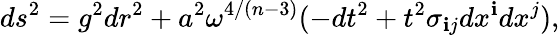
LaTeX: ds^{2}=g^{2}dr^{2}+a^{2}\omega^{4/(n-3)}(-dt^{2}+t^{2}\sigma_{\mathbf{i}j}dx^{\mathbf{i}}dx^{j}),